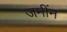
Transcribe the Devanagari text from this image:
जमींन